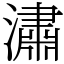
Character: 潚